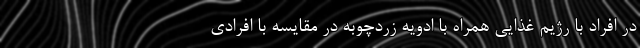
در افراد با رژیم غذایی همراه با ادویه زردچوبه در مقایسه با افرادی